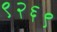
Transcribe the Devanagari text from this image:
९२६९